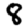
Digit: 8